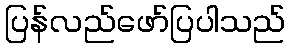
ပြန်လည်ဖော်ပြပါသည်